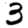
Digit: 3